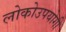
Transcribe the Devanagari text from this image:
लोकोउपयोगी